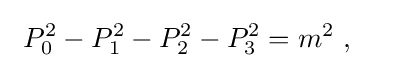
~P_{0}^{2}-P_{1}^{2}-P_{2}^{2}-P_{3}^{2}=m^{2}~,\quad